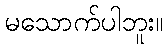
မသောက်ပါဘူး။